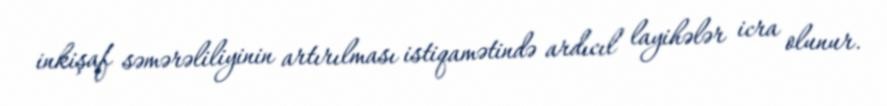
inkişaf səmərəliliyinin artırılması istiqamətində ardıcıl layihələr icra olunur.